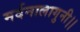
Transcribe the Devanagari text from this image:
मर्दनालागुनी।।